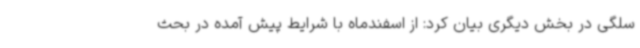
سلگی در بخش دیگری بیان کرد: از اسفندماه با شرایط پیش آمده در بحث